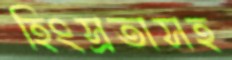
হিংস্রতাসহ